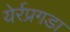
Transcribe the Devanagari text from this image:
येर्रप्रगडा